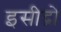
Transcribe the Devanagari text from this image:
इसीद्रो